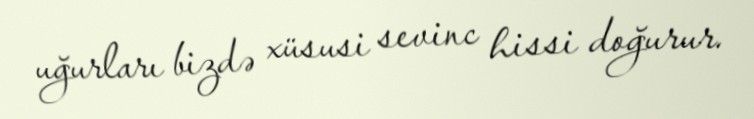
uğurları bizdə xüsusi sevinc hissi doğurur.